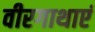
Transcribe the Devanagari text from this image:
वीरगाथाएं